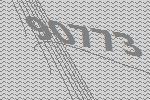
90773